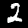
Label: 2